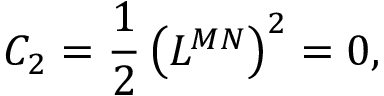
C _ { 2 } = \frac 1 2 \left( L ^ { M N } \right) ^ { 2 } = 0 ,